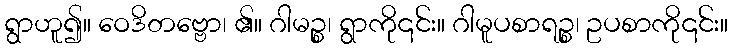
ရွာဟူ၍။ ဝေဒိတဗ္ဗော၊ ၏။ ဂါမဉ္စ၊ ရွာကို၎င်း။ ဂါမူပစာရဉ္စ၊ ဥပစာကို၎င်း။